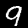
Label: 9